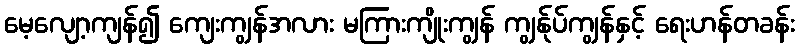
မေ့လျော့ကျန်၍ ကျေးကျွန်အလား မကြားကျိုးကျွန် ကျွန်ုပ်ကျွန်နှင့် ရေးဟန်တခန်း